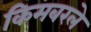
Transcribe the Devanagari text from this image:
किमबरले